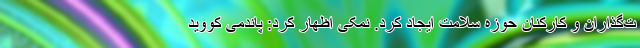
ت‌گذاران و کارکنان حوزه سلامت ایجاد کرد. نمکی اظهار کرد: پاندمی کووید